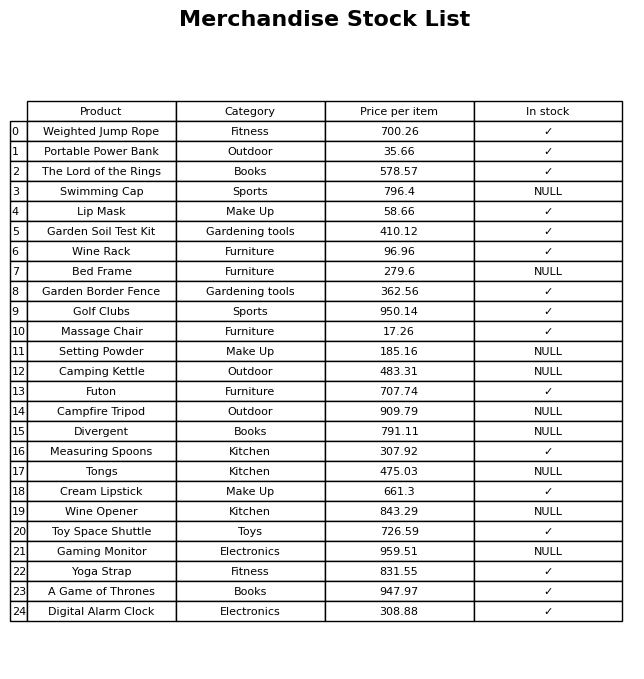
question: What is the price of the Tongs?
answer: The price of Tongs is 475.03.